Report of the King Institute of Preventive Medicine, Guindy
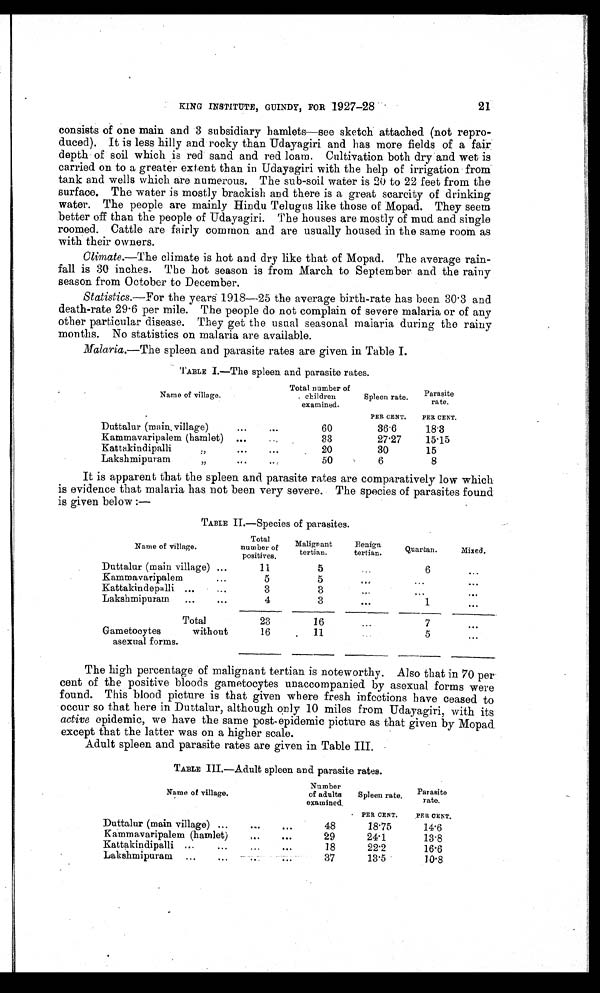
KING INSTITUTE, GUINDY, FOR 1927-28
21
consists of one main and 3 subsidiary hamlets—see sketch attached (not repro-
duced). It is less hilly and rocky than Udayagiri and has more fields of a fair
depth of soil which is red sand and red loam. Cultivation both dry and wet is
carried on to a greater extent than in Udayagiri with the help of irrigation from
tank and wells which are numerous. The sub-soil water is 20 to 22 feet from the
surface. The water is mostly brackish and there is a great scarcity of drinking
water. The people are mainly Hindu Telugus like those of Mopad. They seem
better off than the people of Udayagiri. The houses are mostly of mud and single
roomed. Cattle are fairly common and are usually housed in the same room as
with their owners.
Climate.—The climate is hot and dry like that of Mopad. The average rain-
fall is 30 inches. The hot season is from March to September and the rainy
season from October to December.
Statistics.—For the years 1918—25 the average birth-rate has been 30.3 and
death-rate 29.6 per mile. The people do not complain of severe malaria or of any
other particular disease. They get the usual seasonal malaria during the rainy
months. No statistics on malaria are available.
Malaria.—The spleen and parasite rates are given in Table I.
TABLE I.—The spleen and parasite rates.
Name of village.
Total number of
children
examined.
Spleen rate.
PER CENT,
Parasite
rate.
PER CENT.
. . .
Duttalur (mein, village)..
60
36.6
18.3
Kammavaripalem (hamlet) .....
83
27.27
15.15
Kattakindipalli
"
...
...
20
30
15
Lakshmipuram
" ...
...
50
6
8
It is apparent that the spleen and parasite rates are comparatively low which
is evidence that malaria has not been very severe. The species of parasites found
is given below :—
TABLE II—Species of parasites.
Name of village.
Total
number of
positives .
Malignant
tertian.
Benign
tertian.
Quartan.
Mixed.
Duttalur (main village)
. . .
11
. . .
6
. . .
Kammavaripalem
. . .
5
5
. . .
. . .
. . .
Kattakindepalli ...
. . .
3
3
. . .
...
. . .
Lakshmipuratn.
...
. . .
4
3
. . .
1
. . .
Total
23
16
. . .
7
. . .
Gametocytes
without
asexual forms.
16
11
5
. . .
The high percentage of malignant tertian is noteworthy. Also that in 70 per
cent of the positive bloods gametocytes unaccompanied by asexual forms were
found. This blood picture is that given where fresh infections have ceased to
occur so that here in Duttalur, although only 10 miles from Udayagiri, with its
active epidemic, we have the same post-epidemic picture as that given by Mopad
except that the latter was on a higher scale.
Adult spleen and parasite rates are given in Table III.
TABLE III.—Adult spleen and parasite rates.
Name of village.
Number
of adults
examined
•
Spleen rate.
PER CENT.
Parasite
rate,
PER CENT.
Duttalur (main village) ...
...
48
18.75
14.6
Kammavaripalem (hamlet)
...
...
29
24.1
13.8
Kattakindipalli ...
...
..
...
18
22.2
16.6
Lakshmipuram
...
...
.
...
37
13.5
10.8